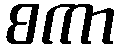
စကာ